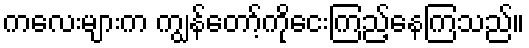
ကလေးများက ကျွန်တော့်ကိုငေးကြည့်နေကြသည်။